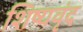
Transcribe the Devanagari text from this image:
शिष्यवृंद